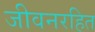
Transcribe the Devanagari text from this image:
जीवनरहित